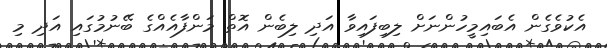
އެކުވެގެން އެބައިމީހުންނަށް ލިބިފައިވާ އަދި ލިބެން އޮތް މަންފާއެއްގެ ބޭނުމުގައި އަދި މި